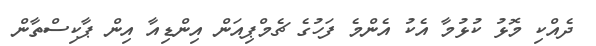
ދެއްކި މޮޅު ކުޅުމާ އެކު އެންމެ ފަހުގެ ޗެމްޕިއަން އިންޑިއާ އިން ޕާކިސްތާން